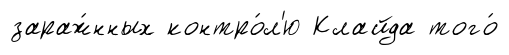
зараж́нных контро́л'ю Клайда того́